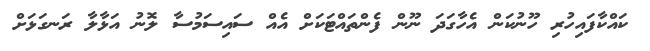
ކައްކާފައިހުރި ހޫނުކަން އެހާގަދަ ނޫން ފެންތައްޓަކަށް އެއް ސައިސަމުސާ ލޮނު އަޅާލާ ރަނގަޅަށް